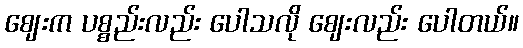
ဈေးက ပစ္စည်းလည်း ပေါသလို ဈေးလည်း ပေါတယ်။